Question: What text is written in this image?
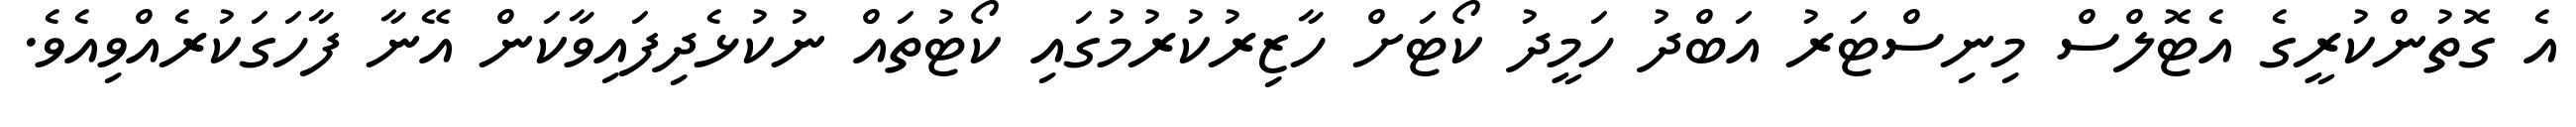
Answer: އެ ގޮތުންކުރީގެ އެޓޮލްސް މިނިސްޓަރު އަބްދު ހަމީދު ކޯޓަށް ހާޒިރުކުރުމުގައި ކޯޓުތައް ނުކުޅެދިފައިވާކަން އޭނާ ފާހަގަކުރެއްވިއެވެ.